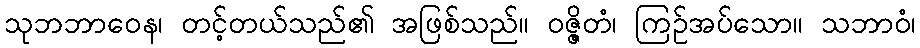
သုဘဘာဝေန၊ တင့်တယ်သည်၏ အဖြစ်သည်။ ဝဇ္ဇိတံ၊ ကြဉ်အပ်သော။ သဘာဝံ၊